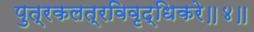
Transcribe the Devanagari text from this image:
पुत्रकलत्रविवृद्धिकरे॥४॥